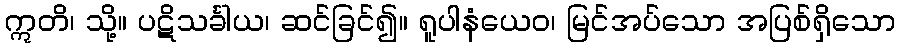
ဣတိ၊ သို့။ ပဋိသင်္ခါယ၊ ဆင်ခြင်၍။ ရူပါနံယေဝ၊ မြင်အပ်သော အပြစ်ရှိသော